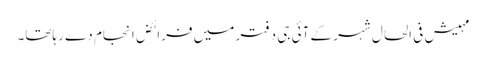
مہیش فی الحال شہر کے آئی جی دفتر میں فرائض انجام دے رہاتھا۔